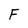
Character: F